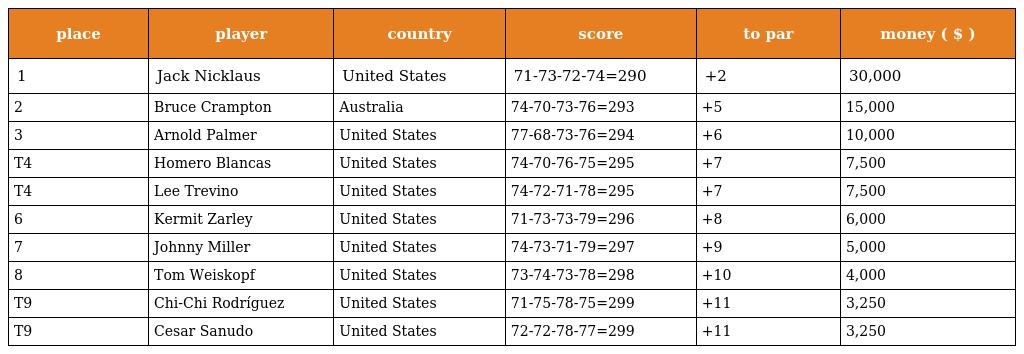
| place | player | country | score | to par | money ( $ ) |
 | --- | --- | --- | --- | --- | --- |
 | 1 | Jack Nicklaus | United States | 71-73-72-74=290 | +2 | 30,000 |
 | 2 | Bruce Crampton | Australia | 74-70-73-76=293 | +5 | 15,000 |
 | 3 | Arnold Palmer | United States | 77-68-73-76=294 | +6 | 10,000 |
 | T4 | Homero Blancas | United States | 74-70-76-75=295 | +7 | 7,500 |
 | T4 | Lee Trevino | United States | 74-72-71-78=295 | +7 | 7,500 |
 | 6 | Kermit Zarley | United States | 71-73-73-79=296 | +8 | 6,000 |
 | 7 | Johnny Miller | United States | 74-73-71-79=297 | +9 | 5,000 |
 | 8 | Tom Weiskopf | United States | 73-74-73-78=298 | +10 | 4,000 |
 | T9 | Chi-Chi Rodríguez | United States | 71-75-78-75=299 | +11 | 3,250 |
 | T9 | Cesar Sanudo | United States | 72-72-78-77=299 | +11 | 3,250 |